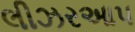
લીઝરઆપ